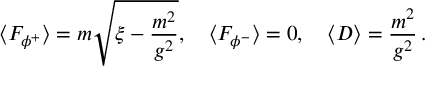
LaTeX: \langle F _ { \phi ^ { + } } \rangle = m \sqrt { \xi - { \frac { m ^ { 2 } } { g ^ { 2 } } } } , ~ ~ ~ \langle F _ { \phi ^ { - } } \rangle = 0 , ~ ~ ~ \langle D \rangle = \frac { m ^ { 2 } } { g ^ { 2 } } \, .